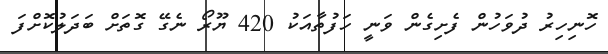
ހޮނިހިރު ދުވަހުން ފެށިގެން ވަނީ ހަފުތާއަކު 420 ޔޫރޯ ނެގޭ ގޮތަށް ބަދަލުކޮށްފަ